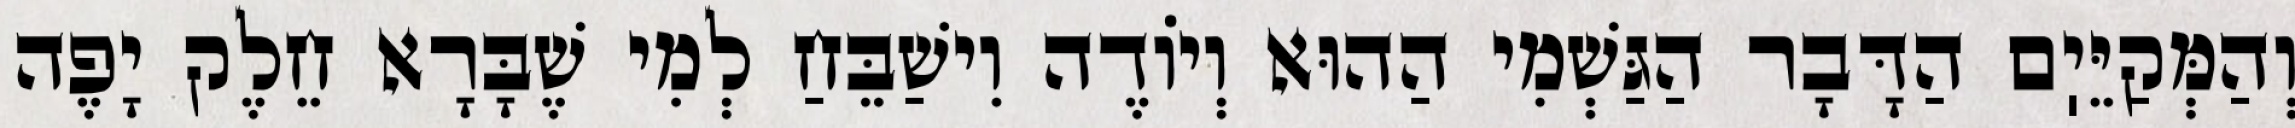
וְהַמְּקַיֵּיֽם הַדָּבָר הַגַּשְׁמִי הַהוּא וְיוֹדֶה וִישַׁבֵּחַ לְמִי שֶׁבָּרָא חֵלֶק יָפֶה